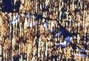
الإستعداد